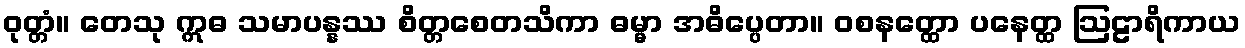
ဝုတ္တံ။ တေသု ဣဓ သမာပန္နဿ စိတ္တစေတသိကာ ဓမ္မာ အဓိပ္ပေတာ။ ဝစနတ္ထော ပနေတ္ထ ဩဠာရိကာယ